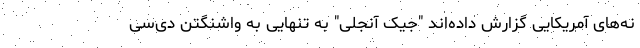
نه‌های آمریکایی گزارش داده‌اند "جیک آنجلی" به تنهایی به واشنگتن دی‌سی